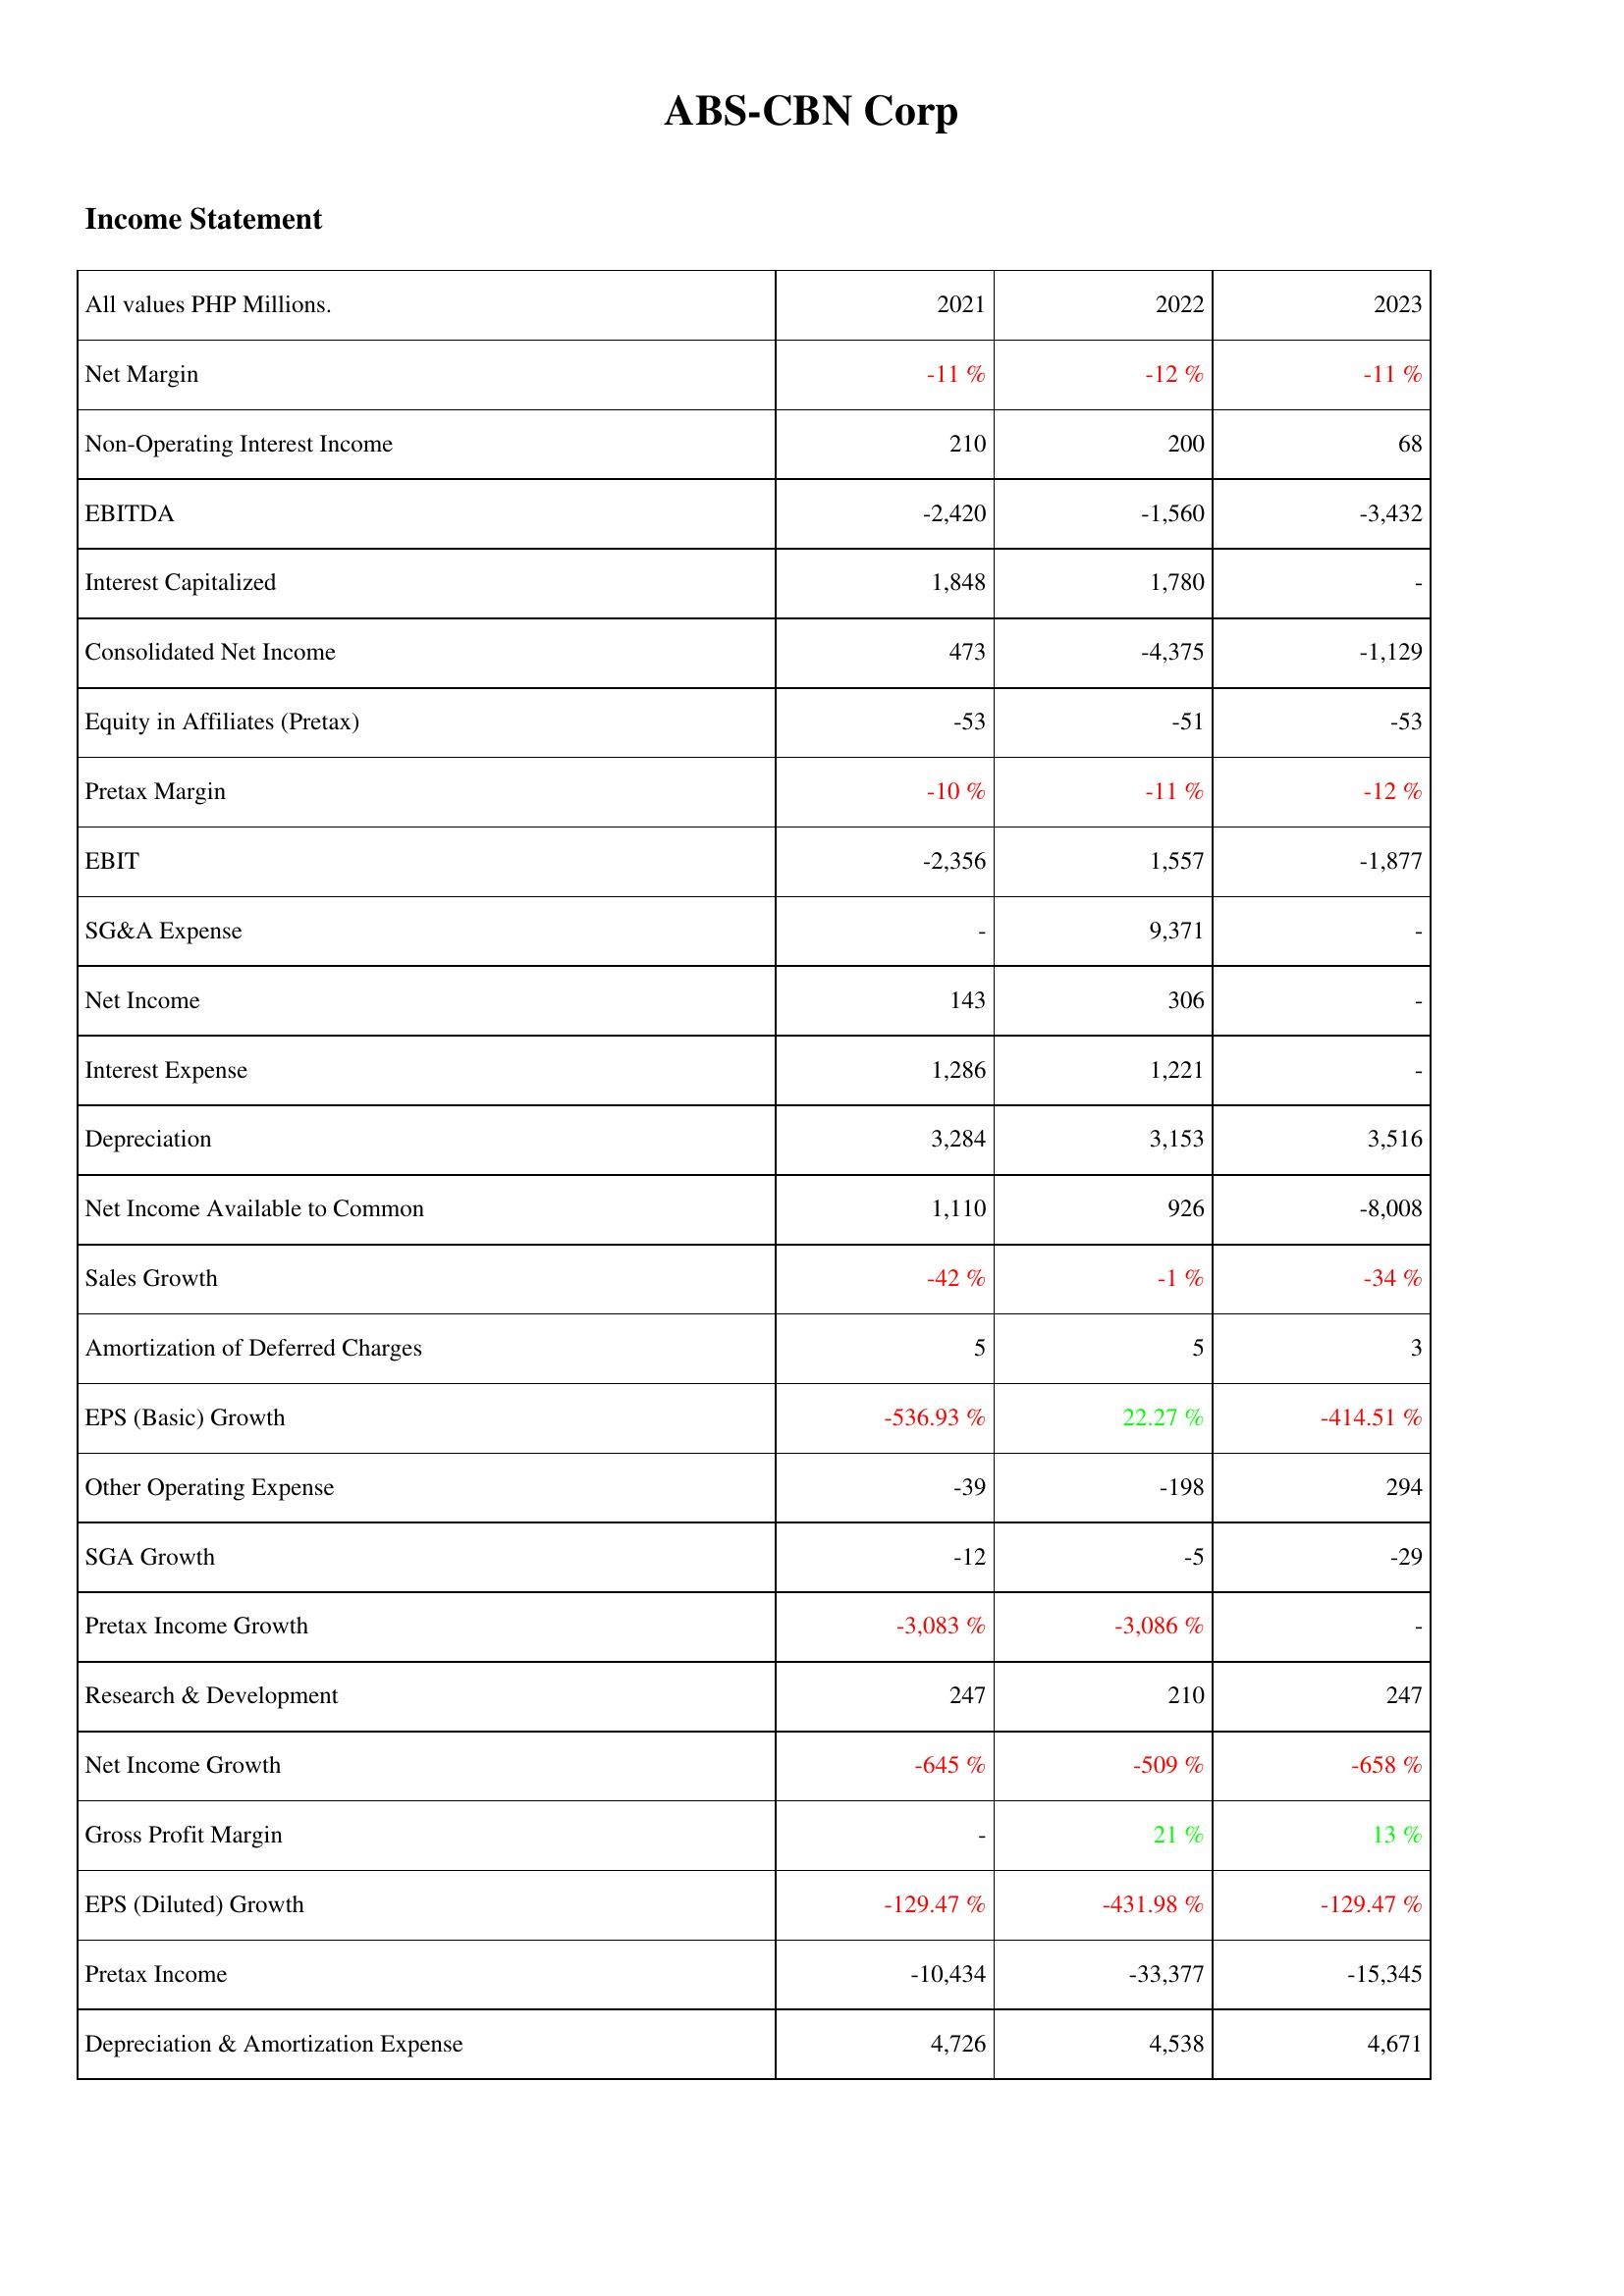
2021: Income Statement: Net Margin: -11 %
Non-Operating Interest Income: 210
EBITDA: -2,420
Interest Capitalized: 1,848
Consolidated Net Income: 473
Equity in Affiliates (Pretax): -53
Pretax Margin: -10 %
EBIT: -2,356
SG&A Expense: -
Net Income: 143
Interest Expense: 1,286
Depreciation: 3,284
Net Income Available to Common: 1,110
Sales Growth: -42 %
Amortization of Deferred Charges: 5
EPS (Basic) Growth: -536.93 %
Other Operating Expense: -39
SGA Growth: -12
Pretax Income Growth: -3,083 %
Research & Development: 247
Net Income Growth: -645 %
Gross Profit Margin: -
EPS (Diluted) Growth: -129.47 %
Pretax Income: -10,434
Depreciation & Amortization Expense: 4,726
2022: Income Statement: Net Margin: -12 %
Non-Operating Interest Income: 200
EBITDA: -1,560
Interest Capitalized: 1,780
Consolidated Net Income: -4,375
Equity in Affiliates (Pretax): -51
Pretax Margin: -11 %
EBIT: 1,557
SG&A Expense: 9,371
Net Income: 306
Interest Expense: 1,221
Depreciation: 3,153
Net Income Available to Common: 926
Sales Growth: -1 %
Amortization of Deferred Charges: 5
EPS (Basic) Growth: 22.27 %
Other Operating Expense: -198
SGA Growth: -5
Pretax Income Growth: -3,086 %
Research & Development: 210
Net Income Growth: -509 %
Gross Profit Margin: 21 %
EPS (Diluted) Growth: -431.98 %
Pretax Income: -33,377
Depreciation & Amortization Expense: 4,538
2023: Income Statement: Net Margin: -11 %
Non-Operating Interest Income: 68
EBITDA: -3,432
Interest Capitalized: -
Consolidated Net Income: -1,129
Equity in Affiliates (Pretax): -53
Pretax Margin: -12 %
EBIT: -1,877
SG&A Expense: -
Net Income: -
Interest Expense: -
Depreciation: 3,516
Net Income Available to Common: -8,008
Sales Growth: -34 %
Amortization of Deferred Charges: 3
EPS (Basic) Growth: -414.51 %
Other Operating Expense: 294
SGA Growth: -29
Pretax Income Growth: -
Research & Development: 247
Net Income Growth: -658 %
Gross Profit Margin: 13 %
EPS (Diluted) Growth: -129.47 %
Pretax Income: -15,345
Depreciation & Amortization Expense: 4,671